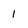
Character: I